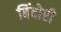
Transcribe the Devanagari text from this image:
बिंदोरी